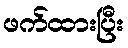
ဖက်ထားပြီး